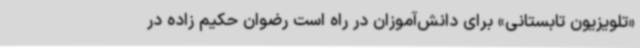
«تلویزیون تابستانی» برای دانش‌آموزان در راه است رضوان حکیم زاده در